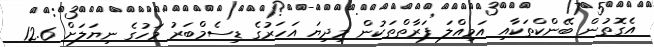
އެގޮތުން ބޭންކްތަކާއި އަމިއްލަ ފަރާތްތަކުން މިދިޔަ އަހަރުގެ ޑިސެމްބަރު މަހުގެ ނިޔަލަށް 12.6